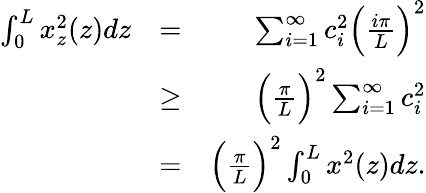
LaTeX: \begin{array}{rlr}{\int_{0}^{L}x_{z}^{2}(z)dz}&{=}&{\sum_{i=1}^{\infty}c_{i}^{2}\Big(\frac{i\pi}{L}\Big)^{2}}\\ &{\geq}&{\Big(\frac{\pi}{L}\Big)^{2}\sum_{i=1}^{\infty}c_{i}^{2}}\\ &{=}&{\Big(\frac{\pi}{L}\Big)^{2}\int_{0}^{L}x^{2}(z)dz.}\end{array}